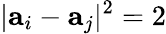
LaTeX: |\textbf{a}_{i}-\textbf{a}_{j}|^{2}=2